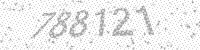
Solution: 788121